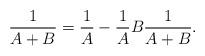
LaTeX: \begin{align*}\frac{1}{A+B}=\frac{1}{A}-\frac{1}{A}B\frac{1}{A+B}.\end{align*}